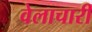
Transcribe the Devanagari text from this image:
वेलाचारी